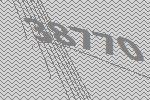
38770